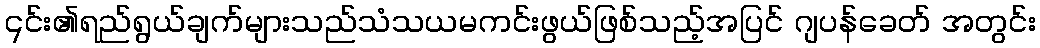
၎င်း၏ရည်ရွယ်ချက်များသည်သံသယမကင်းဖွယ်ဖြစ်သည့်အပြင် ဂျပန်ခေတ် အတွင်း